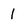
Character: 1